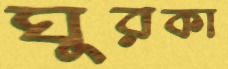
ঘুরকা